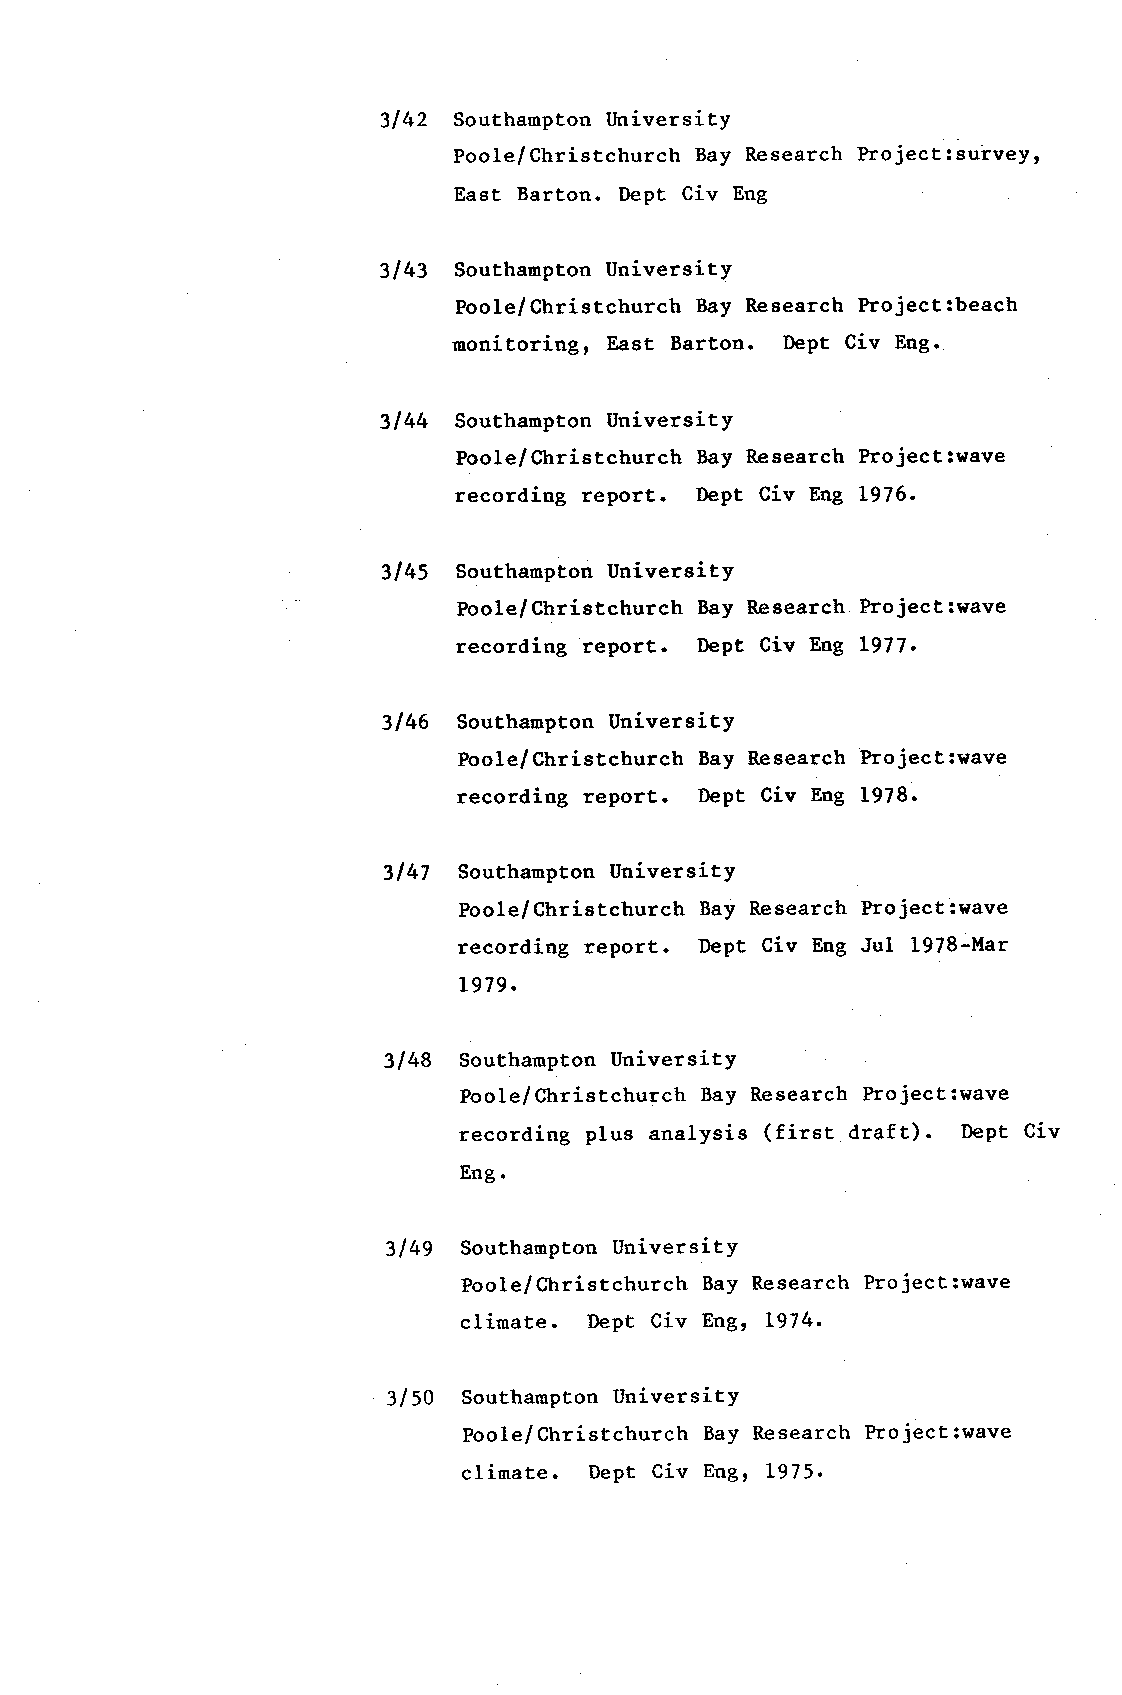
3142 Southampton tlniversity
 Poole/Christchurch Bay Research ProjecE: surveyt
 East Barton. Dept Civ Eng
 3143 Southampton University
 Poole/Christchurch Bay Research Project:beach
 monitoring, East Barton. Dept Civ Eng.
 3144 Southanpton University
 Poole/Christchurch Bay Research Projectswave
 recording report. Dept Civ Eng L976.
 3145 Southampton University
 Pool.e/Christchurch Bay Research Project 3\tave
 recording report. Dept Civ Eng L917.
 3146 Southampton University
 Poole/Christchurch Bay Research Project:rtave
 recording report. Dept Civ Eng 1978.
 3147 Southampton University
 Poole/Christchurch Bay Research Project :ldave
 recording report. Dept Civ Eng Ju1 1978-Mar
 1979.
 3148 Southampton University
 Poole/Christchurch Bay Research Project:\tave
 recording plus analysis (first draft). Dept Civ
 Eng.
 3149 Southampton UniversitY
 Poole/Christchurch Bay Research Project :Idave
 climate. Dept Civ Engr 1974.
 3150 Southampton UniversitY
 Poole/Christchurch Bay Research Project :wave
 climate. Dept Civ Eng, L975.